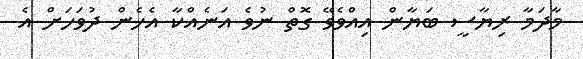
މާދަމާ ރިޔާސީ ބަޔާން އިއްވެވޭ ގޮތް ނުވެ އަނެއްކާ އެހެން ދުވަހަށް އެ